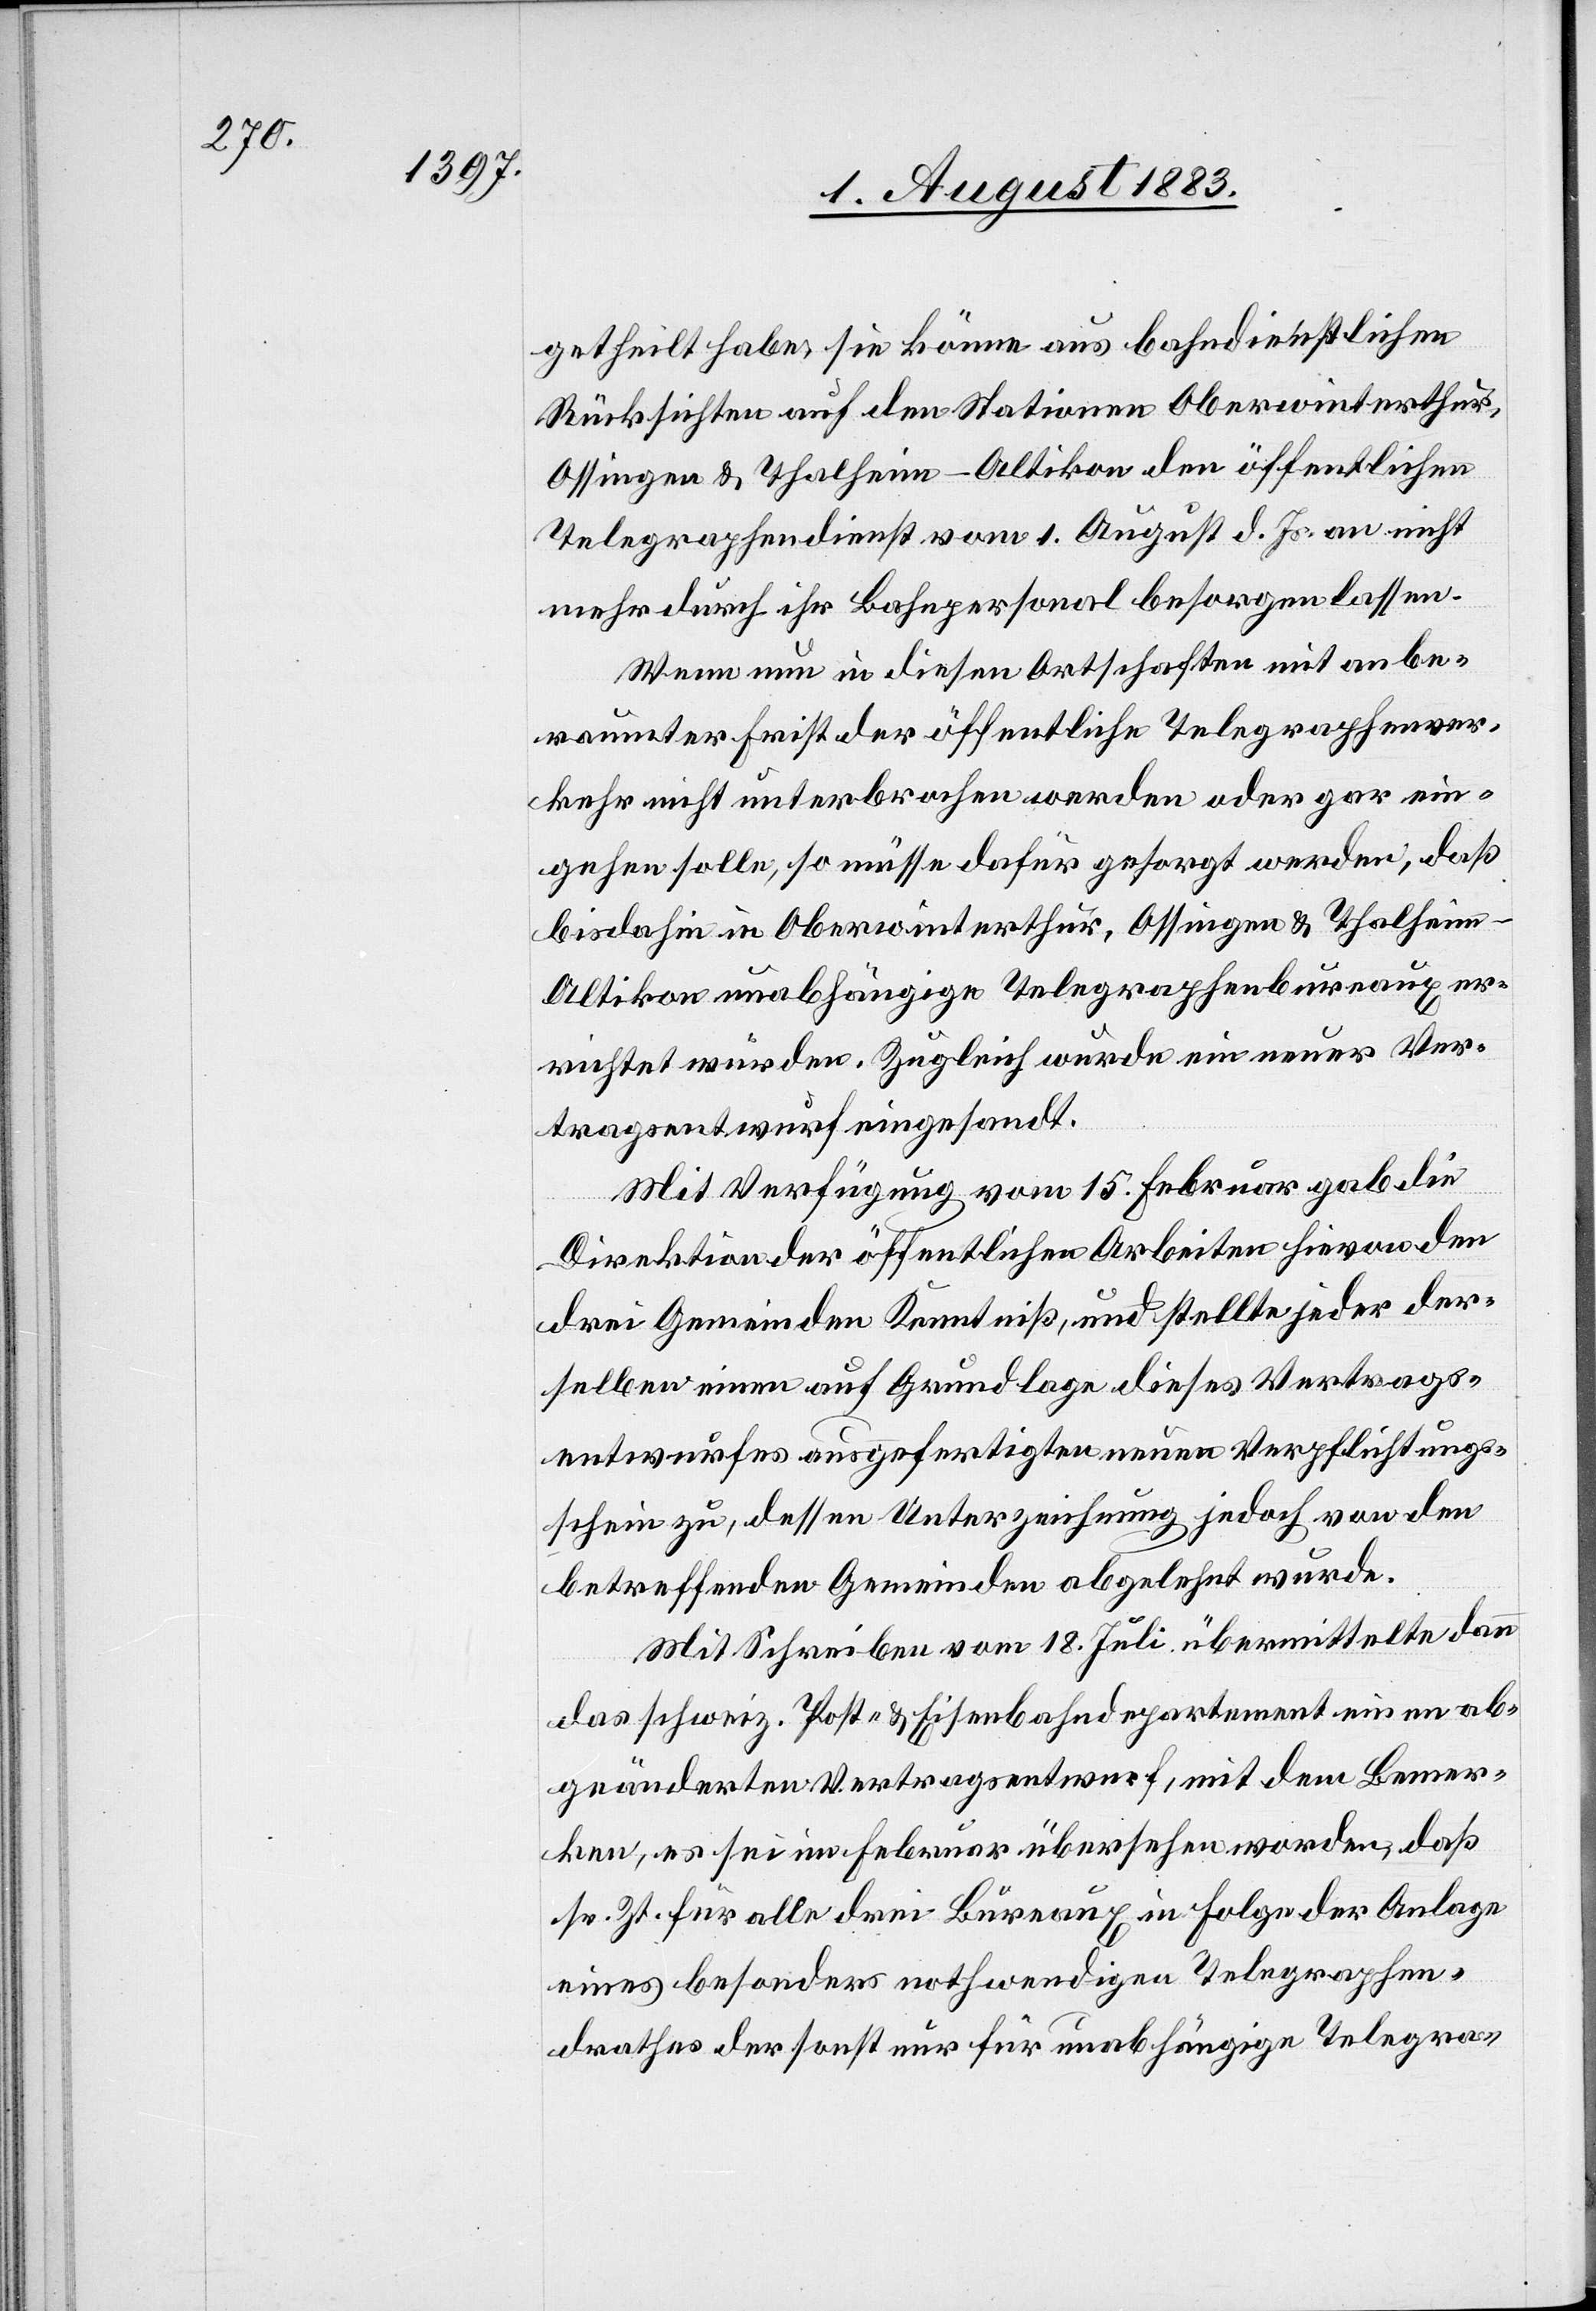
getheilt habe, sie könne aus bahndienstlichen
Rücksichten auf den Stationen Oberwinterthur,
Ossingen & Thalheim-Altikon den öffentlichen
Telegraphendienst vom 1. August d. Js. an nicht
mehr durch ihr Bahnpersonal besorgen lassen.
Wenn nun in diesen Ortschaften mit anbe¬
raumter Frist der öffentliche Telegraphenver¬
kehr nicht unterbrochen werden oder gar ein¬
gehen solle, so müsse dafür gesorgt werden, daß
bis dahin in Oberwinterthur, Ossingen & Thalheim-A¬
ltikon unabhängige Telegraphenbureaux er¬
richtet würden. Zugleich wurde ein neuer Ver¬
tragsentwurf eingesandt.
Mit Verfügung vom 15. Februar gab die
Direktion der öffentlichen Arbeiten hievon den
drei Gemeinden Kenntniß, und stellte jeder der¬
selben einen auf Grundlage dieses Vertrags¬
entwurfes ausgefertigten neuen Verpflichtungs¬
schein zu, dessen Unterzeichnung jedoch von den
betreffenden Gemeinden abgelehnt wurde.
Mit Schreiben vom 18. Juli übermittelte dann
das schweiz. Post- & Eisenbahndepartement einen ab¬
geänderten Vertragsentwurf, mit dem Bemer¬
ken, es sei im Februar übersehen worden, daß
sr. Zt. für alle drei Bureaux in Folge der Anlage
eines besonders nothwendigen Telegraphen¬
rathes der sonst nur für unabhängige Telegra-